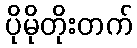
ပိုမိုတိုးတက်